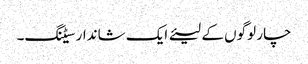
چار لوگوں کے لیئے ایک شاندار سیٹنگ۔